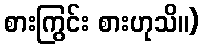
စားကြွင်း စားဟုသိ။)